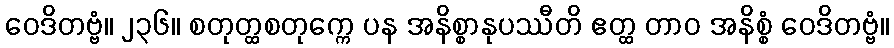
ဝေဒိတဗ္ဗံ။ ၂၃၆။ စတုတ္ထစတုက္ကေ ပန အနိစ္စာနုပဿီတိ ဧတ္ထ တာဝ အနိစ္စံ ဝေဒိတဗ္ဗံ။